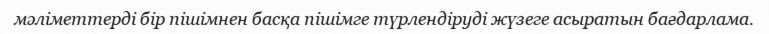
мәліметтерді бір пішімнен басқа пішімге түрлендіруді жүзеге асыратын бағдарлама.